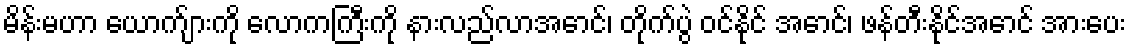
မိန်းမဟာ ယောက်ျားကို လောကကြီးကို နားလည်လာအောင်၊ တိုက်ပွဲ ဝင်နိုင် အောင်၊ ဖန်တီးနိုင်အောင် အားပေး